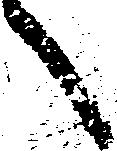
言